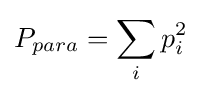
P_{para}=\sum _{i}p_{i}^{2}